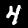
Label: 4